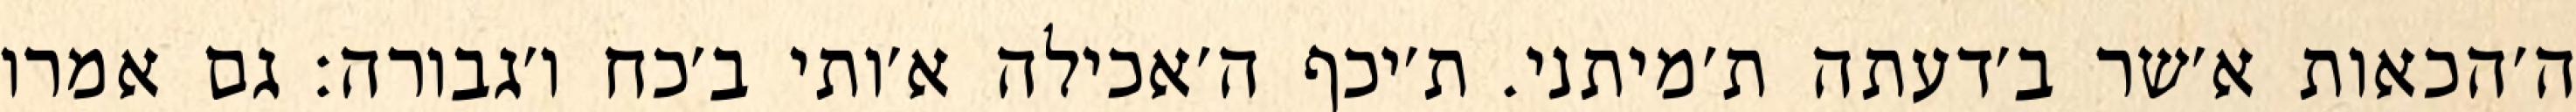
ה׳הכאות א׳שר ב׳דעתה ת׳מיתני. ת׳יכף ה׳אכילה א׳ותי ב׳כח ו׳גבורה: גם אמרו